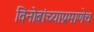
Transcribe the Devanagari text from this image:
विनोबांच्याप्रमाणेच